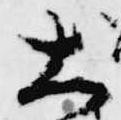
大